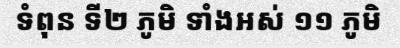
ទំពុន ទី២ ភូមិ ទាំងអស់ ១១ ភូមិ